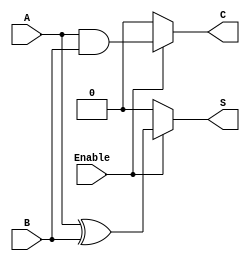
module Conditional_Half_Adder (
    input wire A,        // First input bit
    input wire B,        // Second input bit
    input wire Enable,   // Control signal
    output wire S,       // Sum output
    output wire C        // Carry output
);

    // Combinational logic for Sum and Carry
    assign S = Enable ? (A ^ B) : 1'b0; // Sum is A XOR B when Enable is 1, otherwise 0
    assign C = Enable ? (A & B) : 1'b0; // Carry is A AND B when Enable is 1, otherwise 0

endmodule